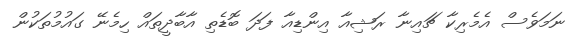
ނަމަވެސް އެމެރިކާ ޗައިނާ ރަޝިއާ އިންޑިއާ ފަދަ ބޮޑެތި އާބާދީތައް ހިމެނޭ ގައުމުތަކުން